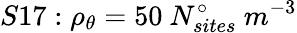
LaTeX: S17:\rho_{\theta}=50\ N_{sites}^{\circ}\ m^{-3}